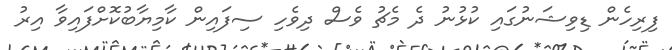
ފިރިހެން ޑިވިޝަނުގައި ކުޅުނު ދެ މެޗު ވެސް ދިވެހި ސިފައިން ކާމިޔާބުކޮށްފައިވާ އިރު